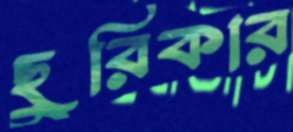
ছুরিকার